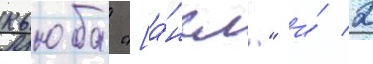
кьюба "[а́нгл." и́ 2